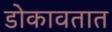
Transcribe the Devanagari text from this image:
डोकावतात